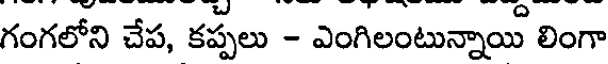
గంగలోని చేప, కప్పలు - ఎంగిలంటున్నాయి లింగా